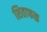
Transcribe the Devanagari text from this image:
शिताफळ